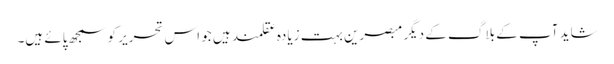
شاید آپ کے بلاگ کے دیگر مبصرین بہت زیادہ عقلمند ہیں جو اس تحریر کو سمجھ پائے ہیں۔